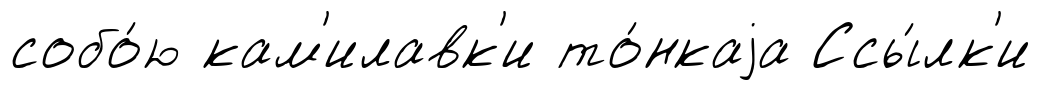
собо́ю кам'илавк'и то́нкаjа Ссы́лк'и